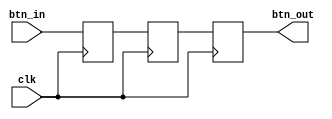
// This program was cloned from: https://github.com/FPGADude/Digital-Design
// License: GNU General Public License v3.0

`timescale 1ns / 1ps

module btn_debounce(
    input clk,
    input btn_in,
    output btn_out
    );
    
    reg a, b, c;
    
    always @(posedge clk) begin
        a <= btn_in;
        b <= a;
        c <= b;
    end
    
    assign btn_out = c;
    
endmodule